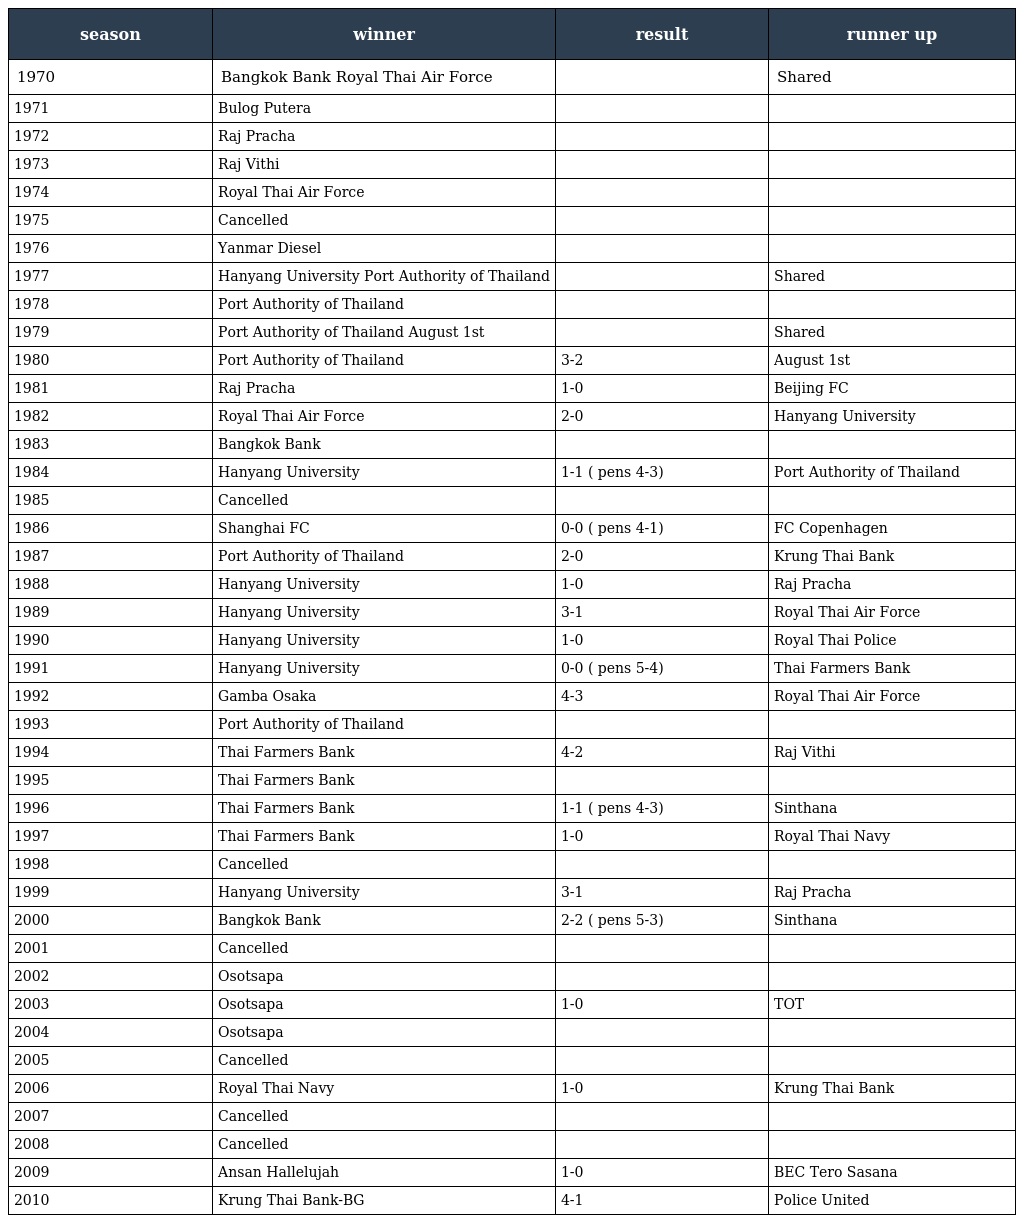
| season | winner | result | runner up |
 | --- | --- | --- | --- |
 | 1970 | Bangkok Bank Royal Thai Air Force |  | Shared |
 | 1971 | Bulog Putera |  |  |
 | 1972 | Raj Pracha |  |  |
 | 1973 | Raj Vithi |  |  |
 | 1974 | Royal Thai Air Force |  |  |
 | 1975 | Cancelled |  |  |
 | 1976 | Yanmar Diesel |  |  |
 | 1977 | Hanyang University Port Authority of Thailand |  | Shared |
 | 1978 | Port Authority of Thailand |  |  |
 | 1979 | Port Authority of Thailand August 1st |  | Shared |
 | 1980 | Port Authority of Thailand | 3-2 | August 1st |
 | 1981 | Raj Pracha | 1-0 | Beijing FC |
 | 1982 | Royal Thai Air Force | 2-0 | Hanyang University |
 | 1983 | Bangkok Bank |  |  |
 | 1984 | Hanyang University | 1-1 ( pens 4-3) | Port Authority of Thailand |
 | 1985 | Cancelled |  |  |
 | 1986 | Shanghai FC | 0-0 ( pens 4-1) | FC Copenhagen |
 | 1987 | Port Authority of Thailand | 2-0 | Krung Thai Bank |
 | 1988 | Hanyang University | 1-0 | Raj Pracha |
 | 1989 | Hanyang University | 3-1 | Royal Thai Air Force |
 | 1990 | Hanyang University | 1-0 | Royal Thai Police |
 | 1991 | Hanyang University | 0-0 ( pens 5-4) | Thai Farmers Bank |
 | 1992 | Gamba Osaka | 4-3 | Royal Thai Air Force |
 | 1993 | Port Authority of Thailand |  |  |
 | 1994 | Thai Farmers Bank | 4-2 | Raj Vithi |
 | 1995 | Thai Farmers Bank |  |  |
 | 1996 | Thai Farmers Bank | 1-1 ( pens 4-3) | Sinthana |
 | 1997 | Thai Farmers Bank | 1-0 | Royal Thai Navy |
 | 1998 | Cancelled |  |  |
 | 1999 | Hanyang University | 3-1 | Raj Pracha |
 | 2000 | Bangkok Bank | 2-2 ( pens 5-3) | Sinthana |
 | 2001 | Cancelled |  |  |
 | 2002 | Osotsapa |  |  |
 | 2003 | Osotsapa | 1-0 | TOT |
 | 2004 | Osotsapa |  |  |
 | 2005 | Cancelled |  |  |
 | 2006 | Royal Thai Navy | 1-0 | Krung Thai Bank |
 | 2007 | Cancelled |  |  |
 | 2008 | Cancelled |  |  |
 | 2009 | Ansan Hallelujah | 1-0 | BEC Tero Sasana |
 | 2010 | Krung Thai Bank-BG | 4-1 | Police United |